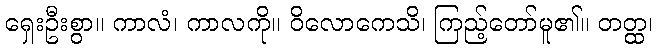
ရှေးဦးစွာ။ ကာလံ၊ ကာလကို။ ဝိလောကေသိ၊ ကြည့်တော်မူ၏။ တတ္ထ၊